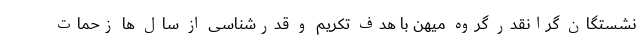
نشستگان گرانقدر گروه میهن با هدف تکریم و قدرشناسی از سال ها زحمات